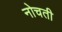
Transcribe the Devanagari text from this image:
नोचती